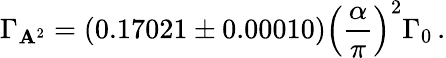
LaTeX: \Gamma_{\mathbf{A}^{2}}=(0.17021\pm0.00010)\left(\frac{{\alpha}}{{\pi}}\right)^{2}\Gamma_{0}\, .